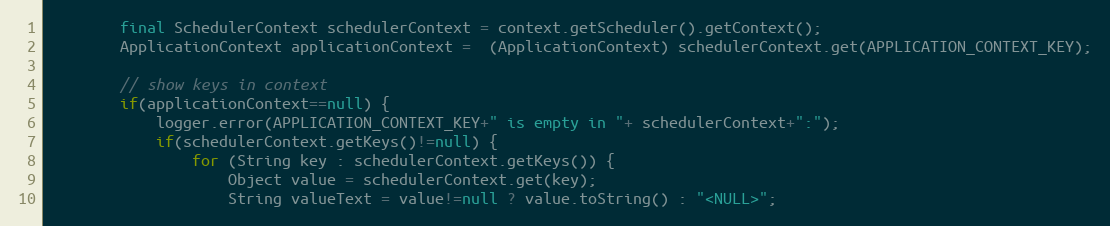
Language: Java
        final SchedulerContext schedulerContext = context.getScheduler().getContext();
        ApplicationContext applicationContext =  (ApplicationContext) schedulerContext.get(APPLICATION_CONTEXT_KEY);

        // show keys in context
        if(applicationContext==null) {
            logger.error(APPLICATION_CONTEXT_KEY+" is empty in "+ schedulerContext+":");
            if(schedulerContext.getKeys()!=null) {
                for (String key : schedulerContext.getKeys()) {
                    Object value = schedulerContext.get(key);
                    String valueText = value!=null ? value.toString() : "<NULL>";